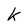
Character: k